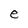
Character: e